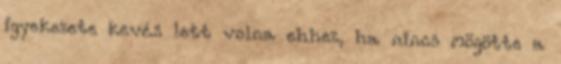
igyekezete kevés lett volna ehhez, ha nincs mögötte a